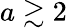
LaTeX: a\gtrsim 2